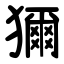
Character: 獮